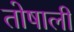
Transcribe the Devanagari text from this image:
तोषाली